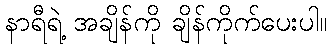
နာရီရဲ့ အချိန်ကို ချိန်ကိုက်ပေးပါ။